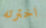
اخترته